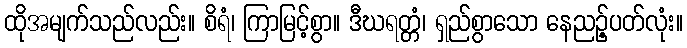
ထိုအမျက်သည်လည်း။ စိရံ၊ ကြာမြင့်စွာ။ ဒီဃရတ္တံ၊ ရှည်စွာသော နေညဉ့်ပတ်လုံး။